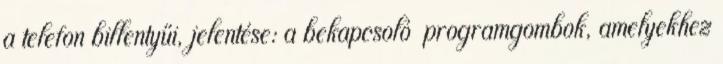
a telefon billentyűi, jelentése: a bekapcsoló programgombok, amelyekhez